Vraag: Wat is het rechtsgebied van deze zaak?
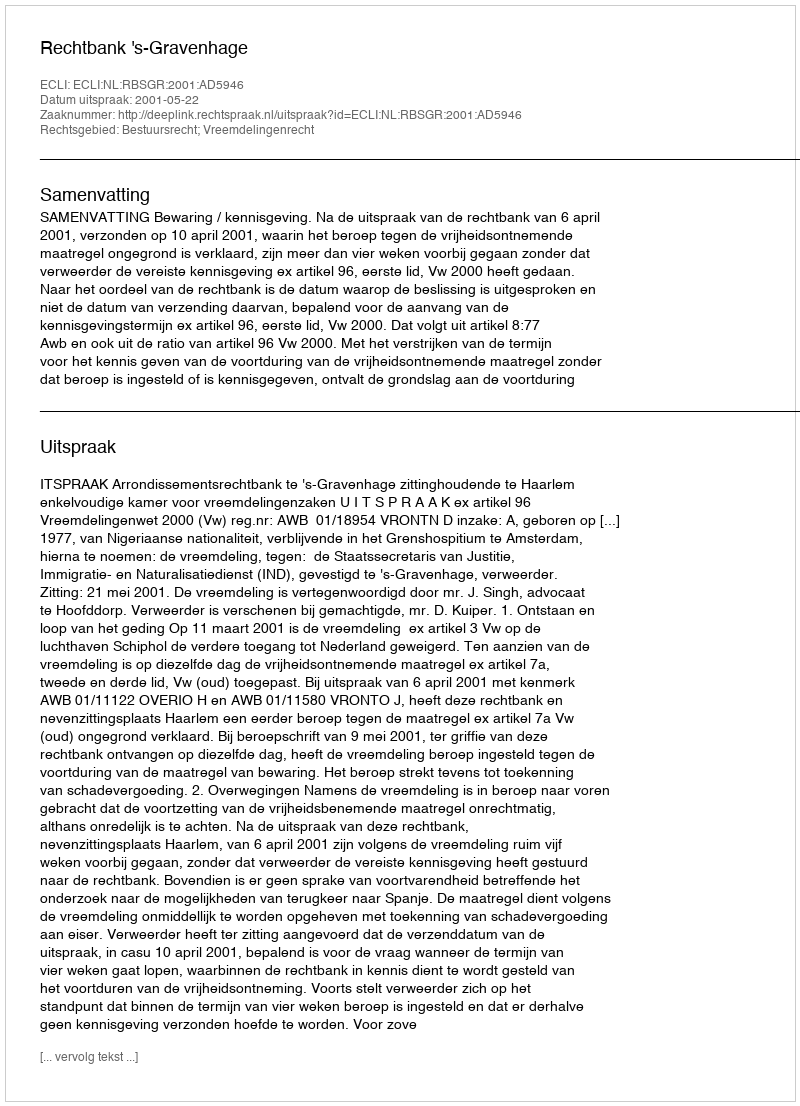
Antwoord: Bestuursrecht; Vreemdelingenrecht